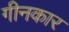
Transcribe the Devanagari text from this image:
गीनकार